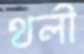
থলী